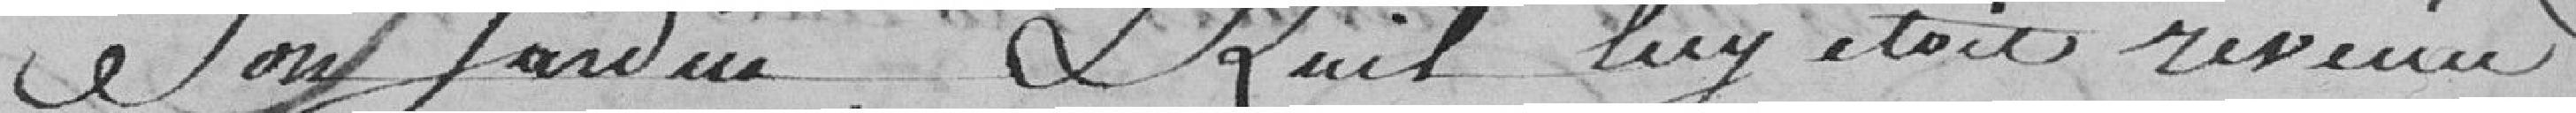
son jardin.